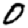
Digit: 0